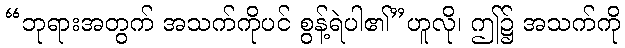
“ဘုရားအတွက် အသက်ကိုပင် စွန့်ရဲပါ၏”ဟူလို၊ ဤ၌ အသက်ကို